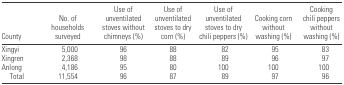
| County | No. of households surveyed | Use of unventilated stoves without chimneys (%) | Use of unventilated stoves to dry corn (%) | Use of unventilated stoves to dry chili peppers (%) | Cooking corn without washing (%) | Cooking chili peppers without washing (%) |
 | --- | --- | --- | --- | --- | --- | --- |
 | Xingyi | 5,000 | 96 | 88 | 82 | 95 | 83 |
 | Xingren | 2,368 | 98 | 88 | 89 | 96 | 97 |
 | Anlong | 4,186 | 95 | 80 | 100 | 100 | 100 |
 | Total | 11,554 | 96 | 87 | 89 | 97 | 96 |